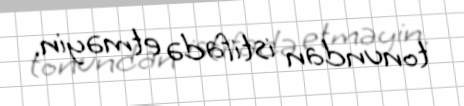
tonundan istifadə etməyin.